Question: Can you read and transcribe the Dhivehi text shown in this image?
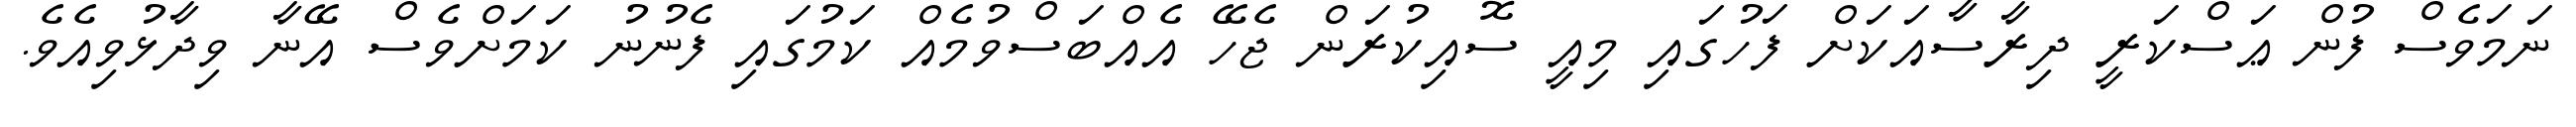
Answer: ނަމަވެސް ފުން ޢަސްކަރީ ދިރާސާއަކަށް ފަހުގައި މިއީ ސޮއިކުރަން ޖެހޭ އެއްބަސްވުމެއް ކަމުގައި ފެނުނު ކަމަށްވެސް އޭނާ ވިދާޅުވިއެވެ.